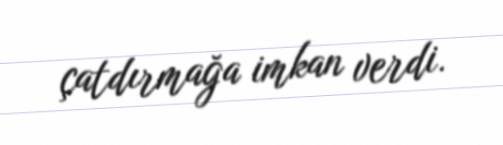
çatdırmağa imkan verdi.